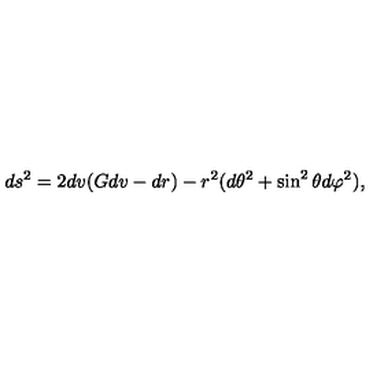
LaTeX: d s ^ { 2 } = 2 d v ( G d v - d r ) - r ^ { 2 } ( d \theta ^ { 2 } + \sin ^ { 2 } \theta d \varphi ^ { 2 } ) ,